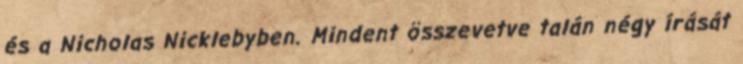
és a Nicholas Nicklebyben. Mindent összevetve talán négy írását